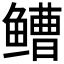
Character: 𫚧